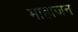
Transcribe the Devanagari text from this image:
माहाजन